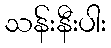
သန်းနီးပါး